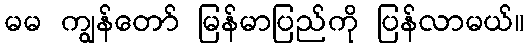
မမ ကျွန်တော် မြန်မာပြည်ကို ပြန်လာမယ်။